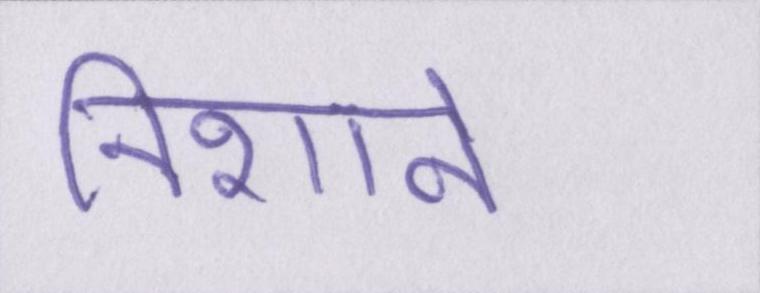
निशाने